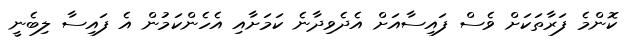
ކޮންމެ ފަރާތަކަށް ވެސް ފައިސާއަށް އެދެވިދާނެ ކަމަށާއި އެހެންކަމުން އެ ފައިސާ ލިބެނީ